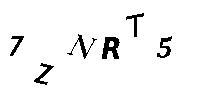
7ZNRT5